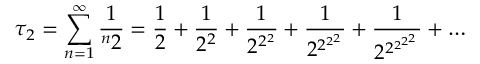
\tau _ { 2 } = \sum _ { n = 1 } ^ { \infty } { \frac { 1 } { ^ { n } 2 } } = { \frac { 1 } { 2 } } + { \frac { 1 } { 2 ^ { 2 } } } + { \frac { 1 } { 2 ^ { 2 ^ { 2 } } } } + { \frac { 1 } { 2 ^ { 2 ^ { 2 ^ { 2 } } } } } + { \frac { 1 } { 2 ^ { 2 ^ { 2 ^ { 2 ^ { 2 } } } } } } + \ldots